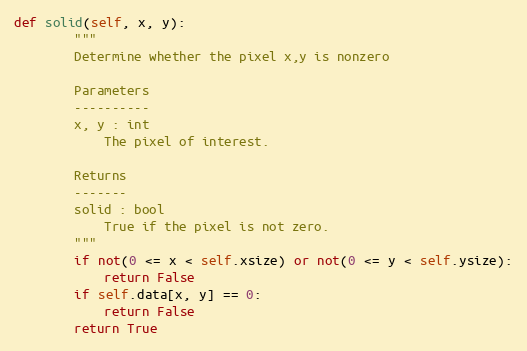
Language: Python
def solid(self, x, y):
        """
        Determine whether the pixel x,y is nonzero

        Parameters
        ----------
        x, y : int
            The pixel of interest.

        Returns
        -------
        solid : bool
            True if the pixel is not zero.
        """
        if not(0 <= x < self.xsize) or not(0 <= y < self.ysize):
            return False
        if self.data[x, y] == 0:
            return False
        return True